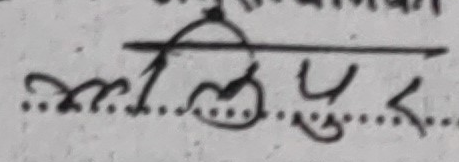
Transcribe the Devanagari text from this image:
लिखित